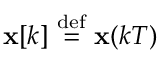
\mathbf { x } [ k ] \ { \stackrel { \mathrm { d e f } } { = } } \ \mathbf { x } ( k T )